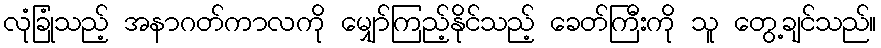
လုံခြုံသည့် အနာဂတ်ကာလကို မျှော်ကြည့်နိုင်သည့် ခေတ်ကြီးကို သူ တွေ့ချင်သည်။